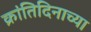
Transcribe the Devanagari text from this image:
क्रांतिदिनाच्या